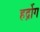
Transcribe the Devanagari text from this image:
हर्द्रोग